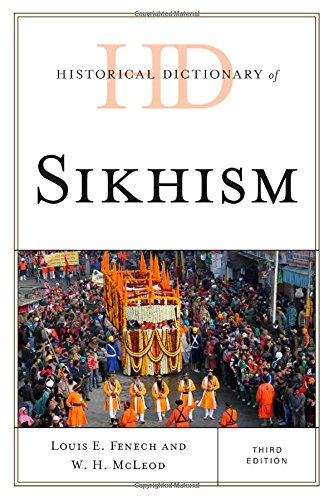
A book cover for Historical Dictionary of Sikhism (Historical Dictionaries of Religions, Philosophies, and Movements Series); Louis E. Fenech; Religion & Spirituality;